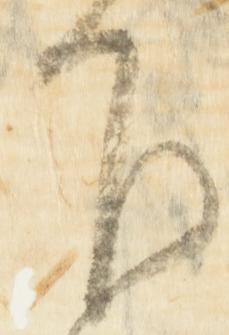
下